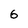
Character: 6